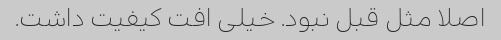
اصلا مثل قبل نبود. خیلی افت کیفیت داشت.